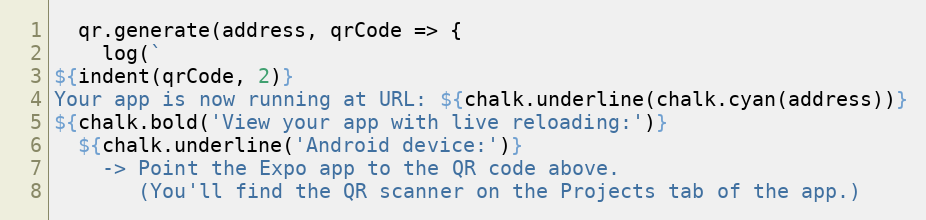
Language: JavaScript
  qr.generate(address, qrCode => {
    log(`
${indent(qrCode, 2)}
Your app is now running at URL: ${chalk.underline(chalk.cyan(address))}
${chalk.bold('View your app with live reloading:')}
  ${chalk.underline('Android device:')}
    -> Point the Expo app to the QR code above.
       (You'll find the QR scanner on the Projects tab of the app.)